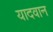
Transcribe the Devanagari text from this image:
यादवान